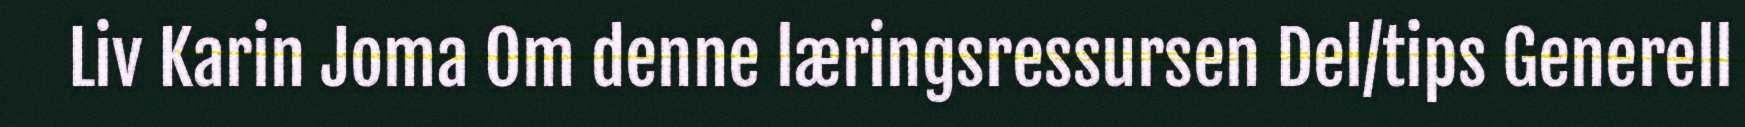
Liv Karin Joma Om denne læringsressursen Del/tips Generell